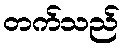
တက်သည်